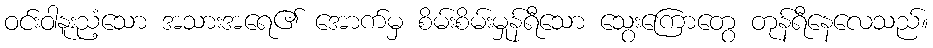
ဝင်းဝါနူးညံ့သော အသားအရေ၏ အောက်မှ စိမ်းစိမ်းမှုန်ရီသော သွေးကြောတွေ တုန်ရီနေလေသည်။